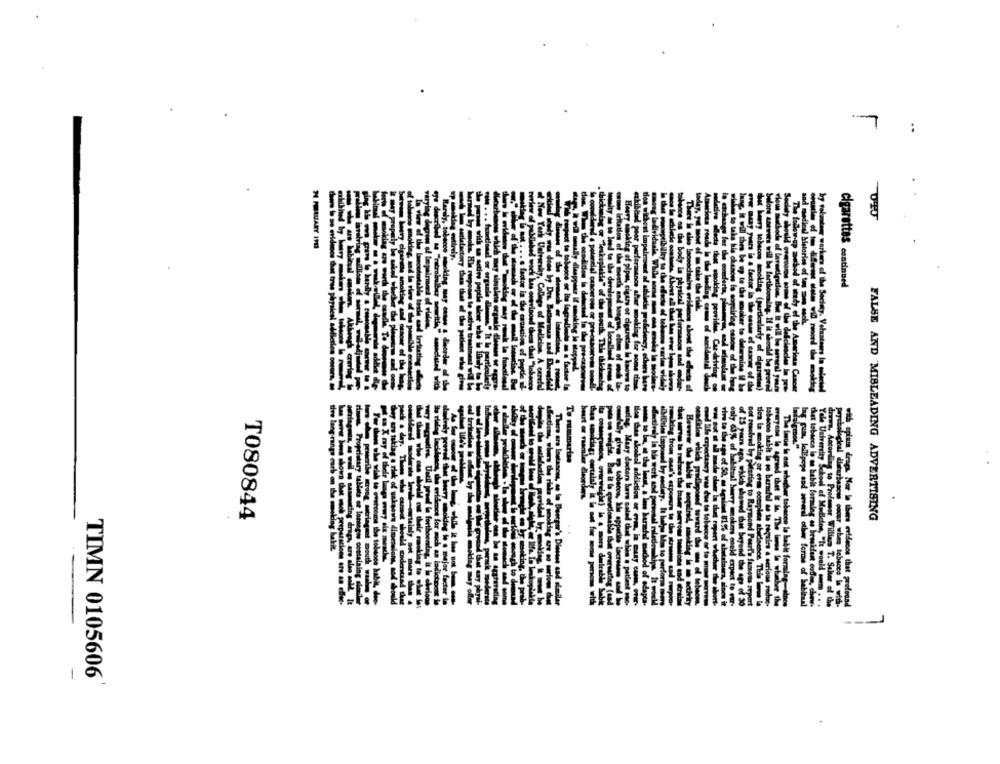
L
cigarettes continued
by voluntary workers of the Sec
Usher
T080844
FALSE AND MISLEADING ADVERTISING
to Profesor William T. Sale el
deurbasew pour when tobuccs is with-
tot draga. Nor la thers evidence that grofound
TIMN 0105606